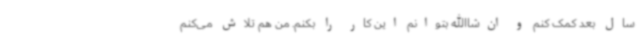
سال بعد کمک کنم و ان‌شاالله بتوانم این کار را بکنم. من هم تلاش می‌کنم